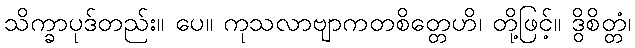
သိက္ခာပုဒ်တည်း။ ပေ။ ကုသလာဗျာကတစိတ္တေဟိ၊ တို့ဖြင့်။ ဒွိစိတ္တံ၊